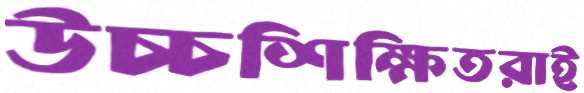
উচ্চশিক্ষিতরাই